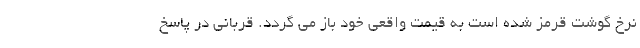
نرخ گوشت قرمز شده است به قیمت واقعی خود باز می گردد. قربانی در پاسخ